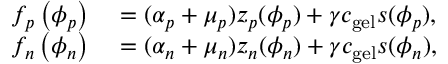
\begin{array} { r l } { f _ { p } \left( \phi _ { p } \right) } & { { } = ( \alpha _ { p } + \mu _ { p } ) z _ { p } ( \phi _ { p } ) + \gamma c _ { \mathrm { g e l } } s ( \phi _ { p } ) , } \\ { f _ { n } \left( \phi _ { n } \right) } & { { } = ( \alpha _ { n } + \mu _ { n } ) z _ { n } ( \phi _ { n } ) + \gamma c _ { \mathrm { g e l } } s ( \phi _ { n } ) , } \end{array}